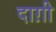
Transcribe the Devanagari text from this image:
दाग़ी